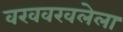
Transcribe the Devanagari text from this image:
वखवखलेला